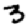
Digit: 3